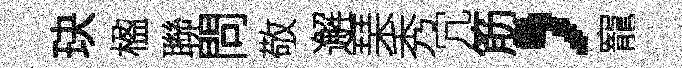
玦楹聯問敬邂琹秀冗筋，寵